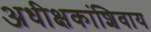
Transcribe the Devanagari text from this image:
अधीक्षकांशिवाय